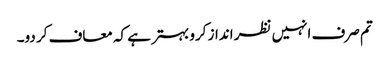
تم صرف انہیں نظر انداز کرو بہتر ہے کہ معاف کر دو۔